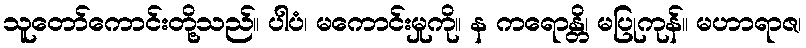
သူတော်ကောင်းတို့သည်။ ပါပံ၊ မကောင်းမှုကို။ န ကရောန္တိ၊ မပြုကုန်။ မဟာရာဇ၊